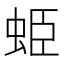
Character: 𧊺